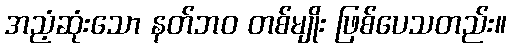
အညံ့ဆုံးသော နတ်ဘဝ တစ်မျိုး ဖြစ်ပေသတည်း။